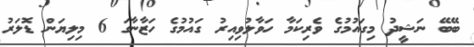
ބޭބޭ ނަޝީދު މިގައުމުގެ ވެރިކަމާ ހަވާލުވިއިރު ގައުމުގެ ހަޒާނާގަ 6 މިލިޔަން ޑޮލަރު